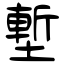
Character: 塹